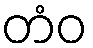
တံဝ